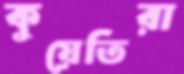
কুয়েতিরা